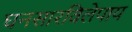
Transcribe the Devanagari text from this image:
घनसारविलेपाय